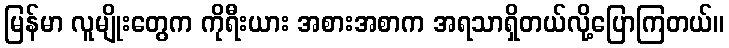
မြန်မာ လူမျိုးတွေက ကိုရီးယား အစားအစာက အရသာရှိတယ်လို့ပြောကြတယ်။